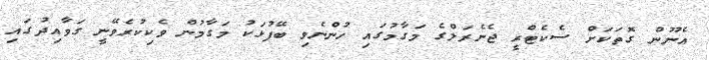
އެނޫން ގޮތަކަށް ސެކެޓްރީ ޖެނެރަލްގެ މަގާމުގައި ހުންނެވި ބޭފުޅަކު މަގާމުން ވެކިކުރެވޭނީ ގަވާއިދުގައި